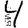
Digit: 4